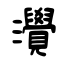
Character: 灚